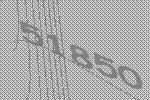
51850